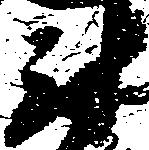
尉